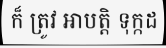
ក៏ ត្រូវ អាបត្តិ ទុក្កដ